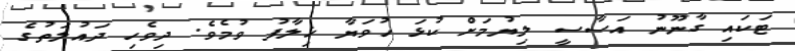
ޓަކައި ގާނޫނު އަސާސީ ލިޔުމަށް ކުޅަ ހުވަޔާ ޚިލާފު ވުމެވެ. ދިވެހި ދައުލަތުގެ